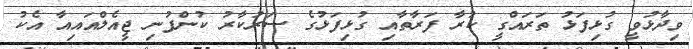
ވިދާޅުވީ ގުޅިފަޅު ތަރައްގީ ކުރާ ފަރާތާއި ގުޅިފަޅުގެ ސަރުކާރު ކުންފުނި ޖީއެލްއައިއާ އެކު